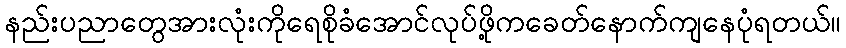
နည်းပညာတွေအားလုံးကိုရေစိုခံအောင်လုပ်ဖို့ကခေတ်နောက်ကျနေပုံရတယ်။